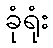
ခုံရုံး